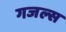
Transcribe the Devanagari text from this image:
गजल्स